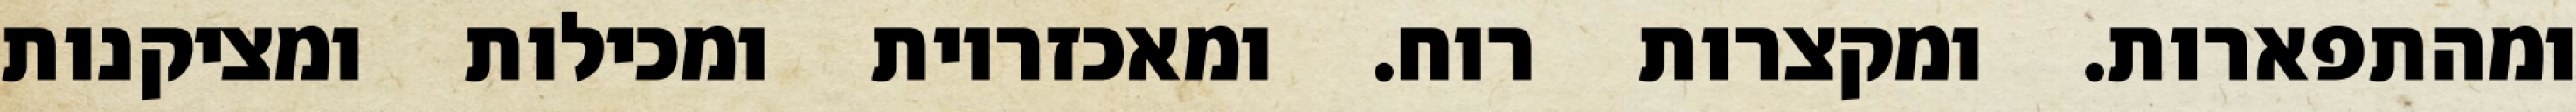
ומהתפארות. ומקצרות רוח. ומאכזריות ומכילות ומציקנות